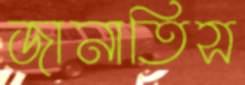
জানাতিস